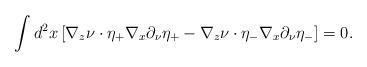
LaTeX: \begin{align*}\int d^2x\left[\nabla_z \nu \cdot \eta_+\nabla_x \partial_\nu\eta_+ -\nabla_z \nu \cdot \eta_-\nabla_x\partial_\nu\eta_-\right]=0.\end{align*}